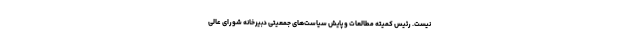
نیست. رئیس کمیته مطالعات و پایش سیاست‌های جمعیتی دبیرخانه شورای عالی